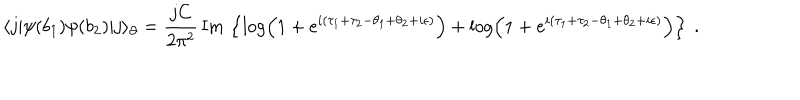
LaTeX: \langle j | \psi ( b _ { 1 } ) \psi ( b _ { 2 } ) | j \rangle _ { \partial } = \frac { j C } { 2 \pi ^ { 2 } } \, \mathrm { I m } \, \left\lbrace \log \left( 1 + e ^ { i ( \tau _ { 1 } + \tau _ { 2 } - \theta _ { 1 } + \theta _ { 2 } + i \epsilon ) } \right) + \log \left( 1 + e ^ { i ( \tau _ { 1 } + \tau _ { 2 } - \theta _ { 1 } + \theta _ { 2 } + i \epsilon ) } \right) \right\rbrace \ .